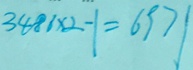
3 8 8 6 \times 2 - 1 = 6 9 7 1